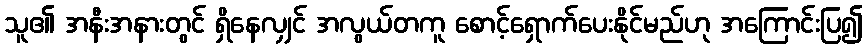
သူ၏ အနီးအနားတွင် ရှိနေလျှင် အလွယ်တကူ စောင့်ရှောက်ပေးနိုင်မည်ဟု အကြောင်းပြ၍